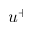
u ^ { + }